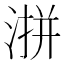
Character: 𪶜